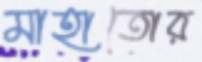
মাহাতোর